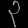
Digit: ၃